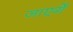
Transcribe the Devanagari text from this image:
जाएगेँ